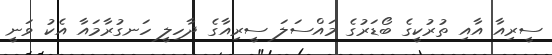
ސީރިއާ އާއި ތުރުކީގެ ބޯޑަރުގެ މައްސަލަ ސީރިއާގެ ދާހިލީ ހަނގުރާމައާ އެކު ވަނީ